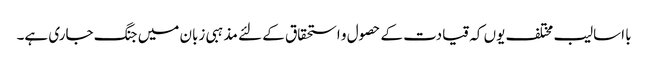
با اسالیب مختلف یوں کہ قیادت کے حصول و استحقاق کے لئے مذہبی زبان میں جنگ جاری ہے۔